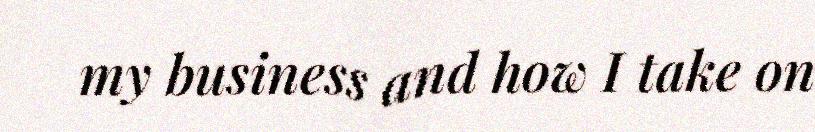
my business and how I take on